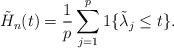
\begin{align*} \tilde H_n(t)=\frac 1p\sum_{j=1}^p 1\{\tilde\lambda_j\leq t\}.\end{align*}